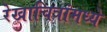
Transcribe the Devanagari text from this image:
रेखाचित्रांमध्ये